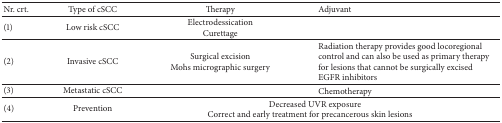
<table><thead><tr><td><b>Nr. crt.</b></td><td><b>Type of cSCC</b></td><td><b>Therapy</b></td><td><b>Adjuvant</b></td></tr></thead><tbody><tr><td>(1)</td><td>Low risk cSCC</td><td>Electrodessication Curettage</td><td> </td></tr><tr><td>(2)</td><td>Invasive cSCC</td><td>Surgical excision Mohs micrographic surgery</td><td>Radiation therapy provides good locoregional control and can also be used as primary therapy for lesions that cannot be surgically excisedEGFR inhibitors</td></tr><tr><td>(3)</td><td>Metastatic cSCC</td><td> </td><td>Chemotherapy</td></tr><tr><td>(4)</td><td>Prevention</td><td colspan="2"> Decreased UVR exposureCorrect and early treatment for precancerous skin lesions</td></tr></tbody></table>